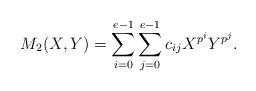
LaTeX: \begin{align*} M_2(X,Y)=\sum_{i=0}^{e-1}\sum_{j=0}^{e-1} c_{ij} X^{p^i} Y^{p^j}.\end{align*}